Civil Veterinary Dept. Bombay admin report 1893-99 - 1893-1899
Year: 1893
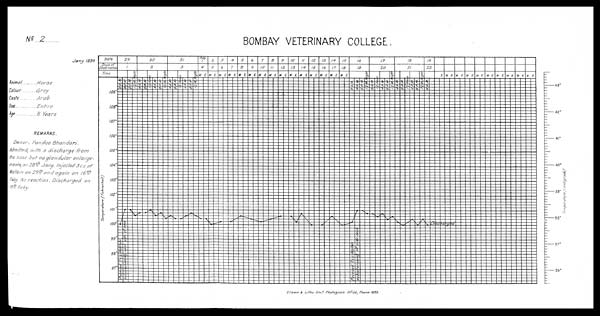
No. ...2.
Animal
Colour
Caste
Sex
Age
Horse
Grey
.... Arab
...Entire
.... 8 Years
REMARKS.
Owner- Pandoo
Bhandari.
Admitted, with a discharge
from
the nose but no glandular
enlarge-
ments, on 28 th Jany. injected 3 c.c. of
Mallein on 29 th and again an 16 th
Fsby. No reaction. Discharged
on
19 th Feby.